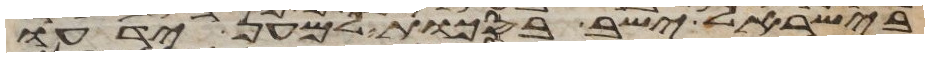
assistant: בישראל ישב בסכות למען ידעו